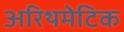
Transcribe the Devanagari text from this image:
अरिथमेटिक